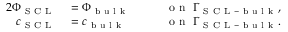
\begin{array} { r l r l } { { 2 } \Phi _ { \mathrm { ~ S ~ C ~ L ~ } } } & { { } = \Phi _ { \mathrm { ~ b ~ u ~ l ~ k ~ } } \quad } & { } & { { } \mathrm { ~ o ~ n ~ } \ \Gamma _ { \mathrm { ~ S ~ C ~ L ~ - ~ b ~ u ~ l ~ k ~ } } , } \\ { c _ { \mathrm { ~ S ~ C ~ L ~ } } } & { { } = c _ { \mathrm { ~ b ~ u ~ l ~ k ~ } } } & { } & { { } \mathrm { ~ o ~ n ~ } \ \Gamma _ { \mathrm { ~ S ~ C ~ L ~ - ~ b ~ u ~ l ~ k ~ } } . } \end{array}